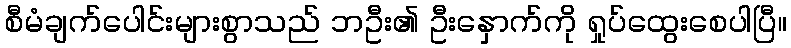
စီမံချက်ပေါင်းများစွာသည် ဘဦး၏ ဦးနှောက်ကို ရှုပ်ထွေးစေပါပြီ။